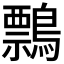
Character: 𪅃